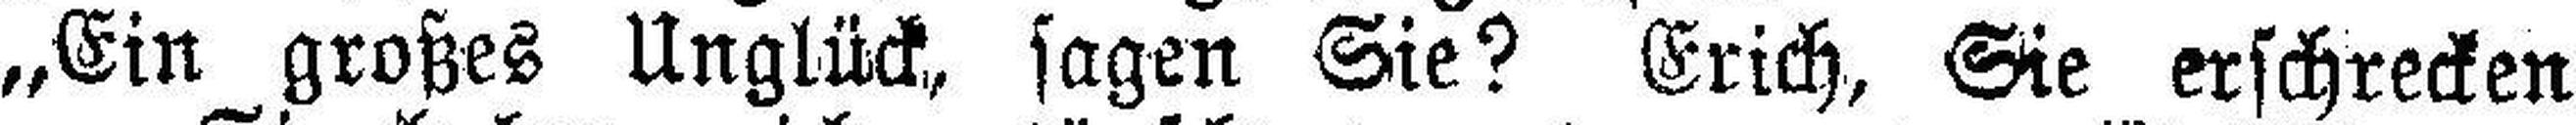
„Ein großes Unglück, sagen Sie? Erich, Sie erschrecken